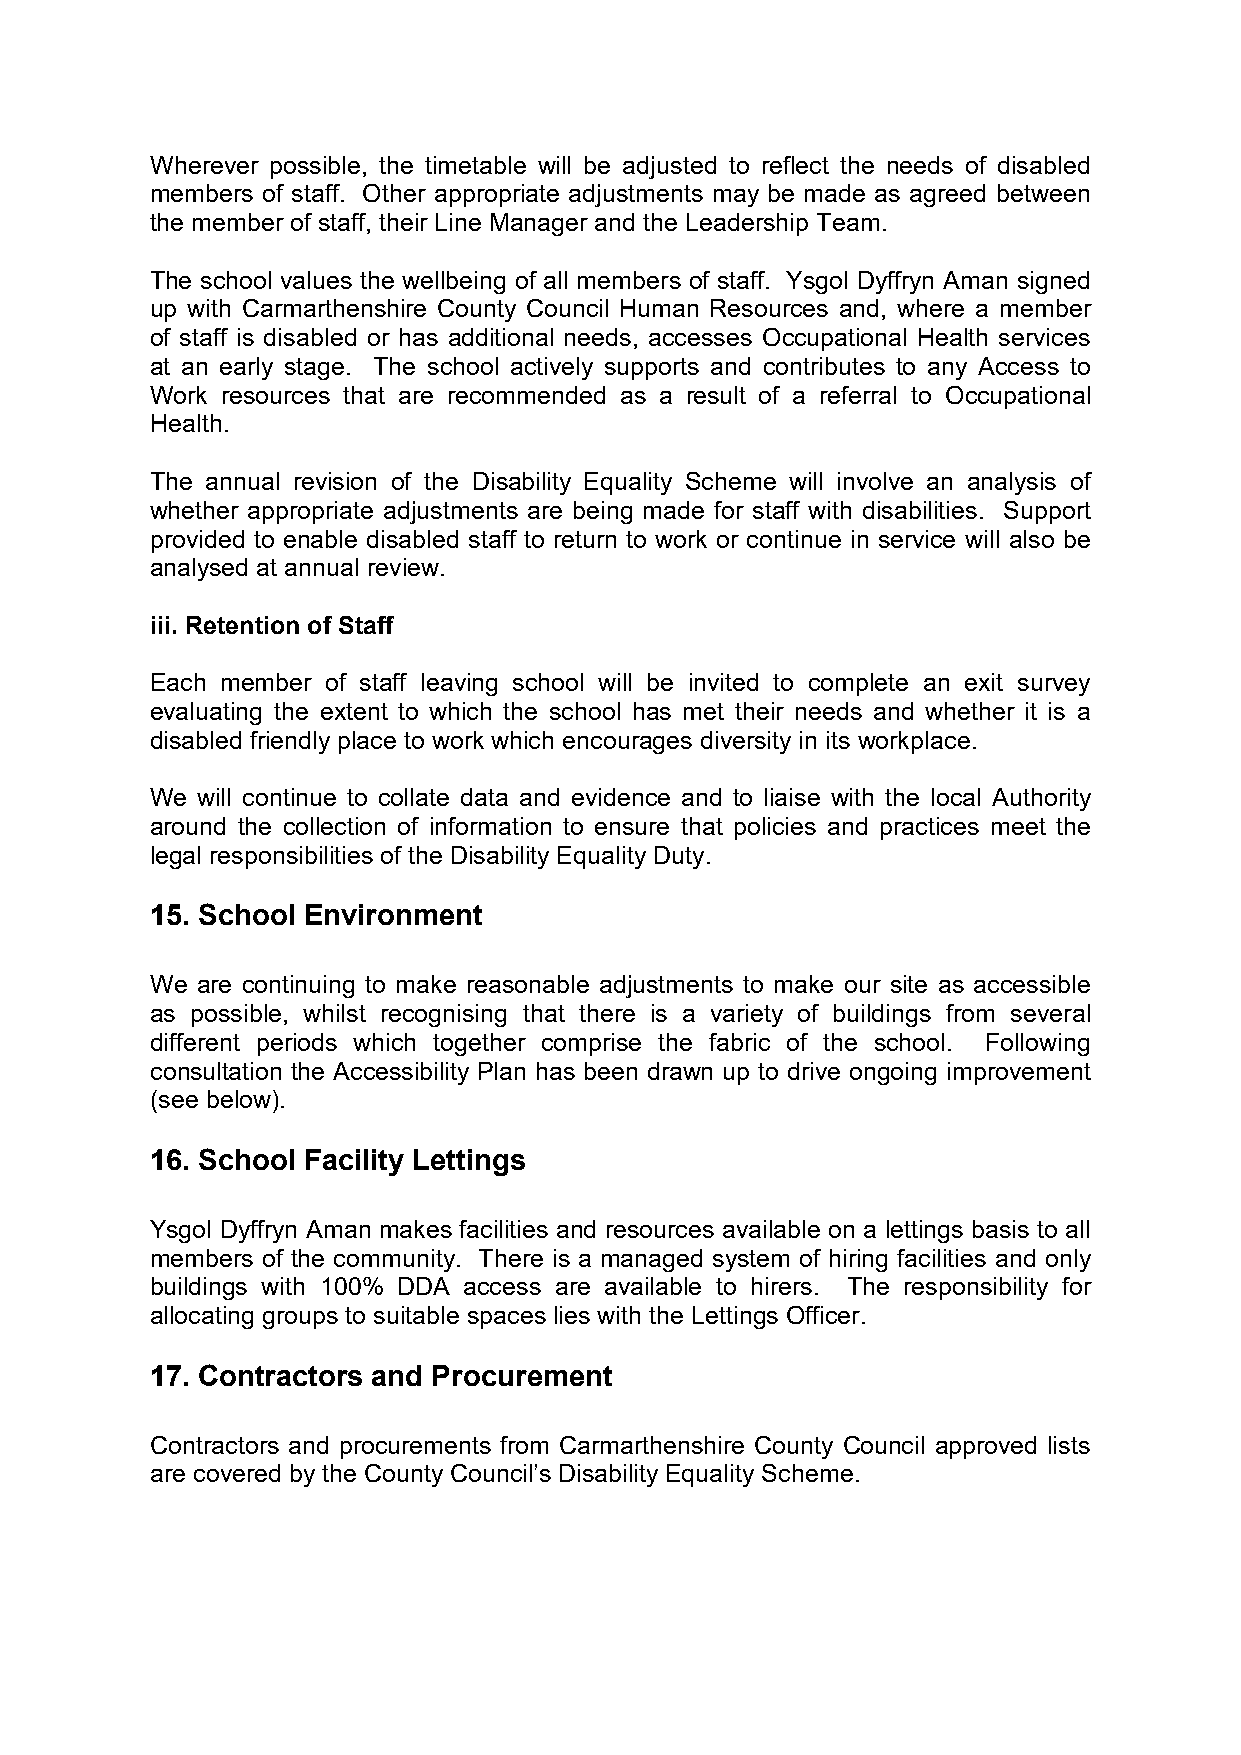
Wherever possible, the timetable will be adjusted to reflect the needs of disabled
 members of staff. Other appropriate adjustments may be made as agreed between
 the member of staff, their Line Manager and the Leadership Team.
 The school values the wellbeing of all members of staff. Ysgol Dyffryn Aman signed
 up with Carmarthenshire County Council Human Resources and, where a member
 of staff is disabled or has additional needs, accesses Occupational Health services
 at an early stage. The school actively supports and contributes to any Access to
 Work resources that are recommended as a result of a referral to Occupational
 Health.
 The annual revision of the Disability Equality Scheme will involve an analysis of
 whether appropriate adjustments are being made for staff with disabilities. Support
 provided to enable disabled staff to return to work or continue in service will also be
 analysed at annual review.
 iii. Retention of Staff
 Each member of staff leaving school will be invited to complete an exit survey
 evaluating the extent to which the school has met their needs and whether it is a
 disabled friendly place to work which encourages diversity in its workplace.
 We will continue to collate data and evidence and to liaise with the local Authority
 around the collection of information to ensure that policies and practices meet the
 legal responsibilities of the Disability Equality Duty.
 15. School Environment
 We are continuing to make reasonable adjustments to make our site as accessible
 as possible, whilst recognising that there is a variety of buildings from several
 different periods which together comprise the fabric of the school. Following
 consultation the Accessibility Plan has been drawn up to drive ongoing improvement
 (see below).
 16. School Facility Lettings
 Ysgol Dyffryn Aman makes facilities and resources available on a lettings basis to all
 members of the community. There is a managed system of hiring facilities and only
 buildings with 100% DDA access are available to hirers. The responsibility for
 allocating groups to suitable spaces lies with the Lettings Officer.
 17. Contractors and Procurement
 Contractors and procurements from Carmarthenshire County Council approved lists
 are covered by the County Council’s Disability Equality Scheme.